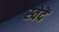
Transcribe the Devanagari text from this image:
स्वेदें